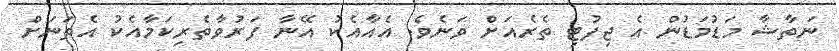
ނަތާޝާ މަޑުމަޑުން އެ ޖިފުޓި ތެރެއަށް ވަނެވެ. އެއާއެކު އޭނާ ފަރުވާތެރިކަމާއެކު އެތަނަށް